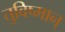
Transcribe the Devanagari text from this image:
तुविष्मान्